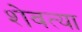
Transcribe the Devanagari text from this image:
शेवत्या